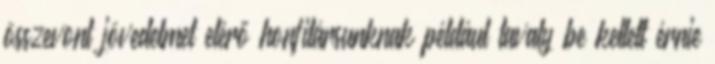
összevont jövedelmet elérő honfitársunknak például tavaly be kellett érnie